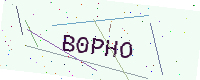
Text: B0PHO